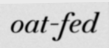
oat-fed